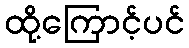
ထို့ကြောင့်ပင်